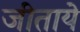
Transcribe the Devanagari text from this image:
जीताये